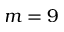
m = 9